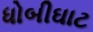
ધોબીઘાટ